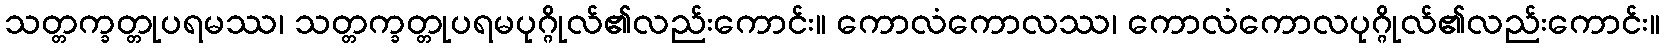
သတ္တက္ခတ္တုပရမဿ၊ သတ္တက္ခတ္တုပရမပုဂ္ဂိုလ်၏လည်းကောင်း။ ကောလံကောလဿ၊ ကောလံကောလပုဂ္ဂိုလ်၏လည်းကောင်း။